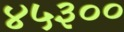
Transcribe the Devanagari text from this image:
४५३००